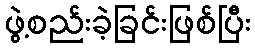
ဖွဲ့စည်းခဲ့ခြင်းဖြစ်ပြီး